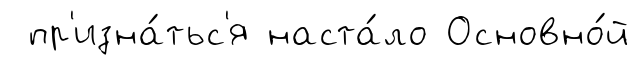
пр'изна́тьс'я наста́ло Основно́й